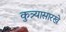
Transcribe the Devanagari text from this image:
कुत्र्यासारखे